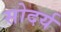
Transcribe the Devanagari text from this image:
सोदर्य